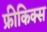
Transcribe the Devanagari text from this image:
फ्रीकिक्स